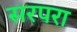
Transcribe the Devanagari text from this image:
सरपरा